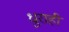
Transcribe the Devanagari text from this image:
धुराही